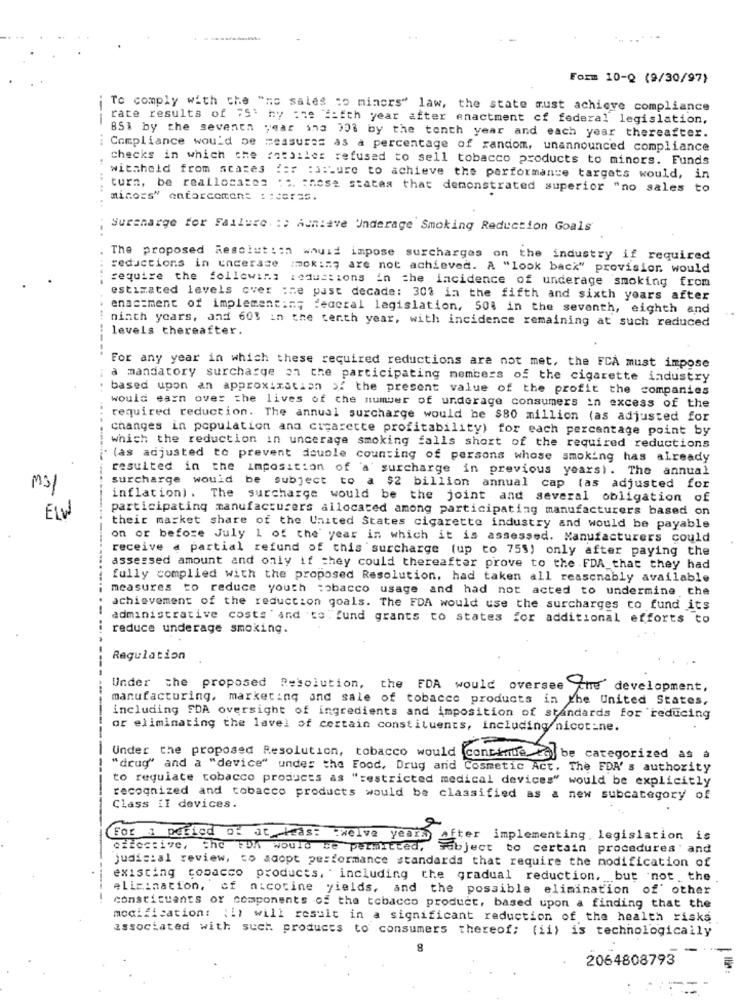
Form 10-Q (9/30/97)
To comply with che "no sales co miners" law, the state must achieve compliance
rate results of 75' by the fifth year after enactment of federal legislation.
---
BSi by the seventh year ing 308 by the tenth year and each year thereafter.
: Compliance would be measures as a percentage of random, unannounced compliance
checks in which che fossiles refused to sell tobacco products to minors. Funds
withheld from acases fer :3:Lure to achieve the performance targets would, in
turn, be reallocate: : : chose states that demonstrated superior "no sales to
.. .. ..
Surcharge for Failure. :: Achiave Underage Smoking Reduction Goals'
reductions in underage
The proposed Resolution whuid impose surcharges on the industry if required
:ok := 7 are not achieved. A "look back" provision would
require the following reductions in the incidence of underage smoking from
estimated levels over :re past decade: 30% in the fifth and sixth years after
enactment of implement:m; deacral legislation, 508 in the seventh, eighth and
ninth years, and 60% in the tenth year, with incidence remaining at such reduced
levels thereafter.
-------
For any year in which these required reductions are not met, the FCA must impose
a mandatory surcharge on the participating members of the cigarette industry
..
based upon an approximation of the present value of the profit the companies
would earn over the lives of the number of underage consumers in excess of the
required reduction. The annual surcharge would be $80 million (as adjusted for
changes in population ana cigarette profitability) for each percentage point by
which the reduction in uncerage smoking falls short of the required reductions
. (as adjusted to prevent double counting of persons whose smoking has already
resulted in the imposition of a surcharge in previous years). The annual
m31
surcharge would be subject to a $2 billion annual cap tas adjusted for
inflation). The surcharge would be the joint and several obligation of
participating manufacturers allocated among participating manufacturers based on
ELW
their market share of the United States cigarette industry and would be payable
on or before July 1 of the year in which it is assessed. Manufacturers could
receive a partial refund of this surcharge (up to 755) only after paying the
assessed amount and only if they could thereafter prove to the FDA_that they had
fully complied with the proposed Resolution, had taken all reasonably available
measures to reduce youth tobacco usage and had not acted to undermine the
-
achievement of the reduction goals. The FDA would use the surcharges to fund its
administrative costs ' and 'to fund grants to states for additional efforts to
i reduce underage smoking.
Regulation
Under the proposed Resolution, the FDA would oversee che development,
manufacturing, marketing and sale of tobacco products in the United States,
including FDA oversight of ingredients and imposition of standards for reducing
or eliminating the lavel of certain constituents, including nicotine.
Under the proposed Resolution, tobacco would continue to be categorized as a
"drug" and a "device" undes the Food, Drug and Cosmetic Act. The FDA' s authority
to regulate tobacco products as "restricted medical devices" would be explicitly
recognized and tobacco products would be classified as a new subcategory of
Class il devices.
For a period of at leas: twelve years after implementing, legislation is
effective, the Foh would be permitted, subject to certain procedures ' and
judicial review, to adopt performance standards that require the modification of
existing tobacco products, " including the gradual reduction. but not . the
elimination, of nicotine yields, and the possible elimination of' other
constituants of components of the tobacco product, based upon a finding that the
modification: {it will result in a significant reduction of the health risks
associated with such products to consumers thereof; (ii) is technologically
8
2064808793